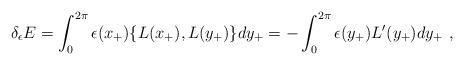
LaTeX: \begin{align*}\delta _{\epsilon }E=\int _{0}^{2\pi }\epsilon (x_{+})\{L(x_{+}),L(y_{+})\}dy_{+}=-\int _{0}^{2\pi }\epsilon (y_{+})L^{\prime }(y_{+})dy_{+}\, \, ,\end{align*}